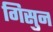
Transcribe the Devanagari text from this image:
गिसुन